Indian journal of veterinary science and animal husbandry - Volumes 24-25, 1954-1955
Year: 1954
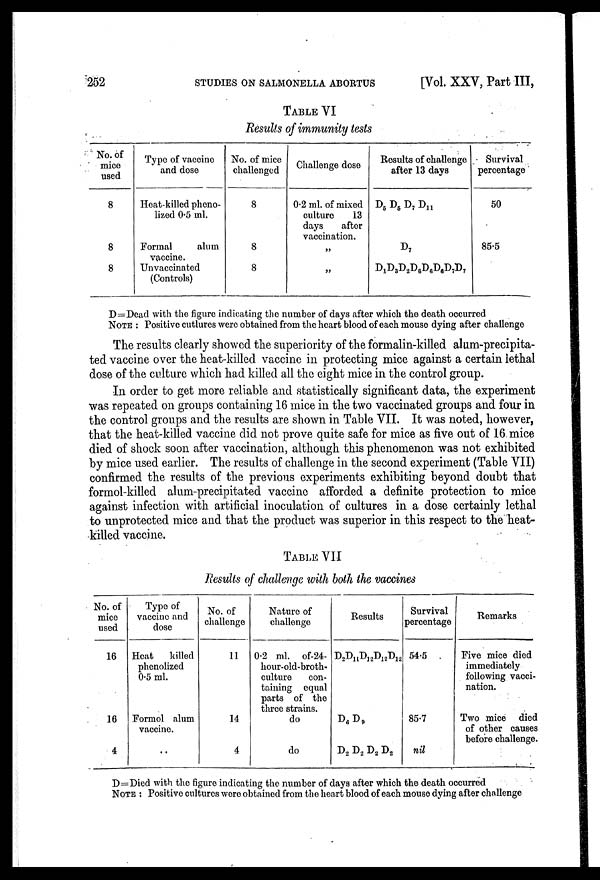
252
STUDIES ON SALMONELLA ABORTUS
[Vol. XXV, Part III,
TABLE VI
Results of immunity tests
No. of
mice
used
8
8
8
Type of vaccine
and dose
Heat-killed pheno-
lized 0.5 ml.
Formal
alum
vaccine.
Unvaccinated
(Controls)
No. of mice
challenged
8
8
8
Challenge dose
0.2 ml. of mixed
culture
13
days
after
vaccination.
„
„
Results of challenge
after 13 days
D 5 D 6 D 7 D 11
D 7
D 1 D 3 D 2 D 6 D 6 D 6 D 7 D 7
Survival
percentage
50
85.5
D=Dcad with the figure indicating the number of days after which the death occurred
NOTE: Positive cutlures were obtained from the heart blood of each mouse dying after challenge
The results clearly showed the superiority of the formalin-killed alum-precipita-
ted vaccine over the heat-killed vaccine in protecting mice against a certain lethal
dose of the culture which had killed all the eight mice in the control group.
In order to get more reliable and statistically significant data, the experiment
was repeated on groups containing 16 mice in the two vaccinated groups and four in
the control groups and the results are shown in Table VII. It was noted, however,
that the heat-killed vaccine did not prove quite safe for mice as five out of 16 mice
died of shock soon after vaccination, although this phenomenon was not exhibited
by mice used earlier. The results of challenge in the second experiment (Table VII)
confirmed the results of the previous experiments exhibiting beyond doubt that
formol-killed alum-precipitated vaccine afforded a definite protection to mice
against infection with artificial inoculation of cultures in a dose certainly lethal
to unprotected mice and that the product was superior in this respect to the heat-
killed vaccine.
TABLE VII
Results of challenge with both the vaccines
No. of
mice
used
16
16
4
Type of
vaccine and
dose
Heat
killed
phenolized
0.5 ml.
Formol alum
vaccine.
No. of
challenge
11
14
4
Nature of
challenge
0.2 ml. of-24-
hour-old-broth-
culture
con-
taining equal
parts of the
three strains.
do
do
Results
D 2 D 11 D 12 D 12 D 12
D 6 D 9
D 2 D 2 D 2 D 2
Survival
percentage
54.5
85.7
nil
Remarks
Five mice died
immediately
following vacci-
nation.
Two mice died
of other causes
before challenge.
D=Died with the figure indicating the number of days after which the death occurred
NOTE: Positive cultures were obtained from the heart blood of each mouse dying after challenge